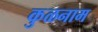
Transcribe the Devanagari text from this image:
कुळनाम